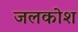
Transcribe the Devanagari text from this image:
जलकोश